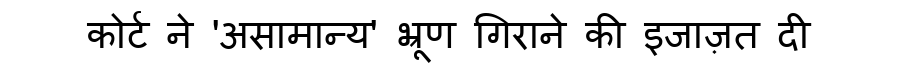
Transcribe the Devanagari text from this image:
कोर्ट ने 'असामान्य' भ्रूण गिराने की इजाज़त दी